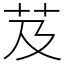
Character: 芨